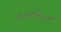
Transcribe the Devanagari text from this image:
शासनविस्तार